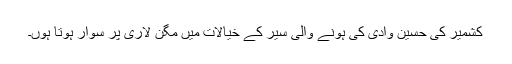
کشمیر کی حسین وادی کی ہونے والی سیر کے خیالات میں مگن لاری پر سوار ہوتا ہوں۔